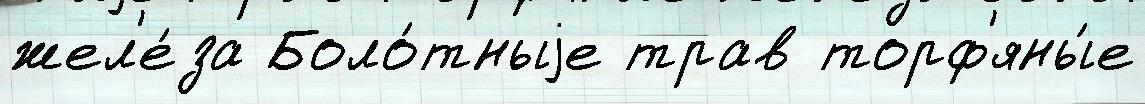
жел'е́за Боло́тныjе трав торф'яны́е